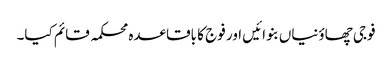
فوجی چھاؤنیاں بنوائیں اور فوج کا باقاعدہ محکمہ قائم کیا۔